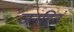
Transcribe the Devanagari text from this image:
जनहितं